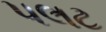
પલટ